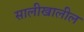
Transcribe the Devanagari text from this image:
सालीखालील